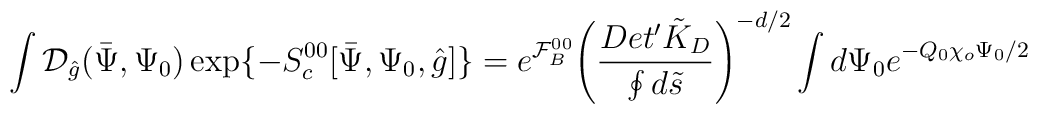
\int{\mathcal{D}_{\hat{g}}}(\bar{\Psi},{\Psi_0})\exp\{-{S_c^{00}}[\bar{\Psi},{\Psi_0},\hat{g}]\}={e^{\mathcal{F}_B^{00}}}{{\left({{Det'{\tilde{K}_D}}\over{\oint{d}\tilde{s}}}\right)}^{-d/2}}\int{d}{\Psi_0}{e^{-{Q_0}{\chi_o}{\Psi_0}/2}}